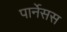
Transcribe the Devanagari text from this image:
पार्नेसस